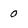
Character: 0